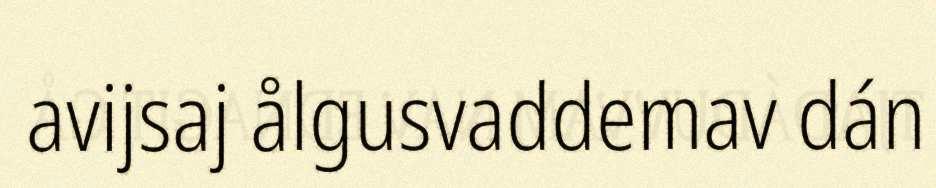
avijsaj ålgusvaddemav dán